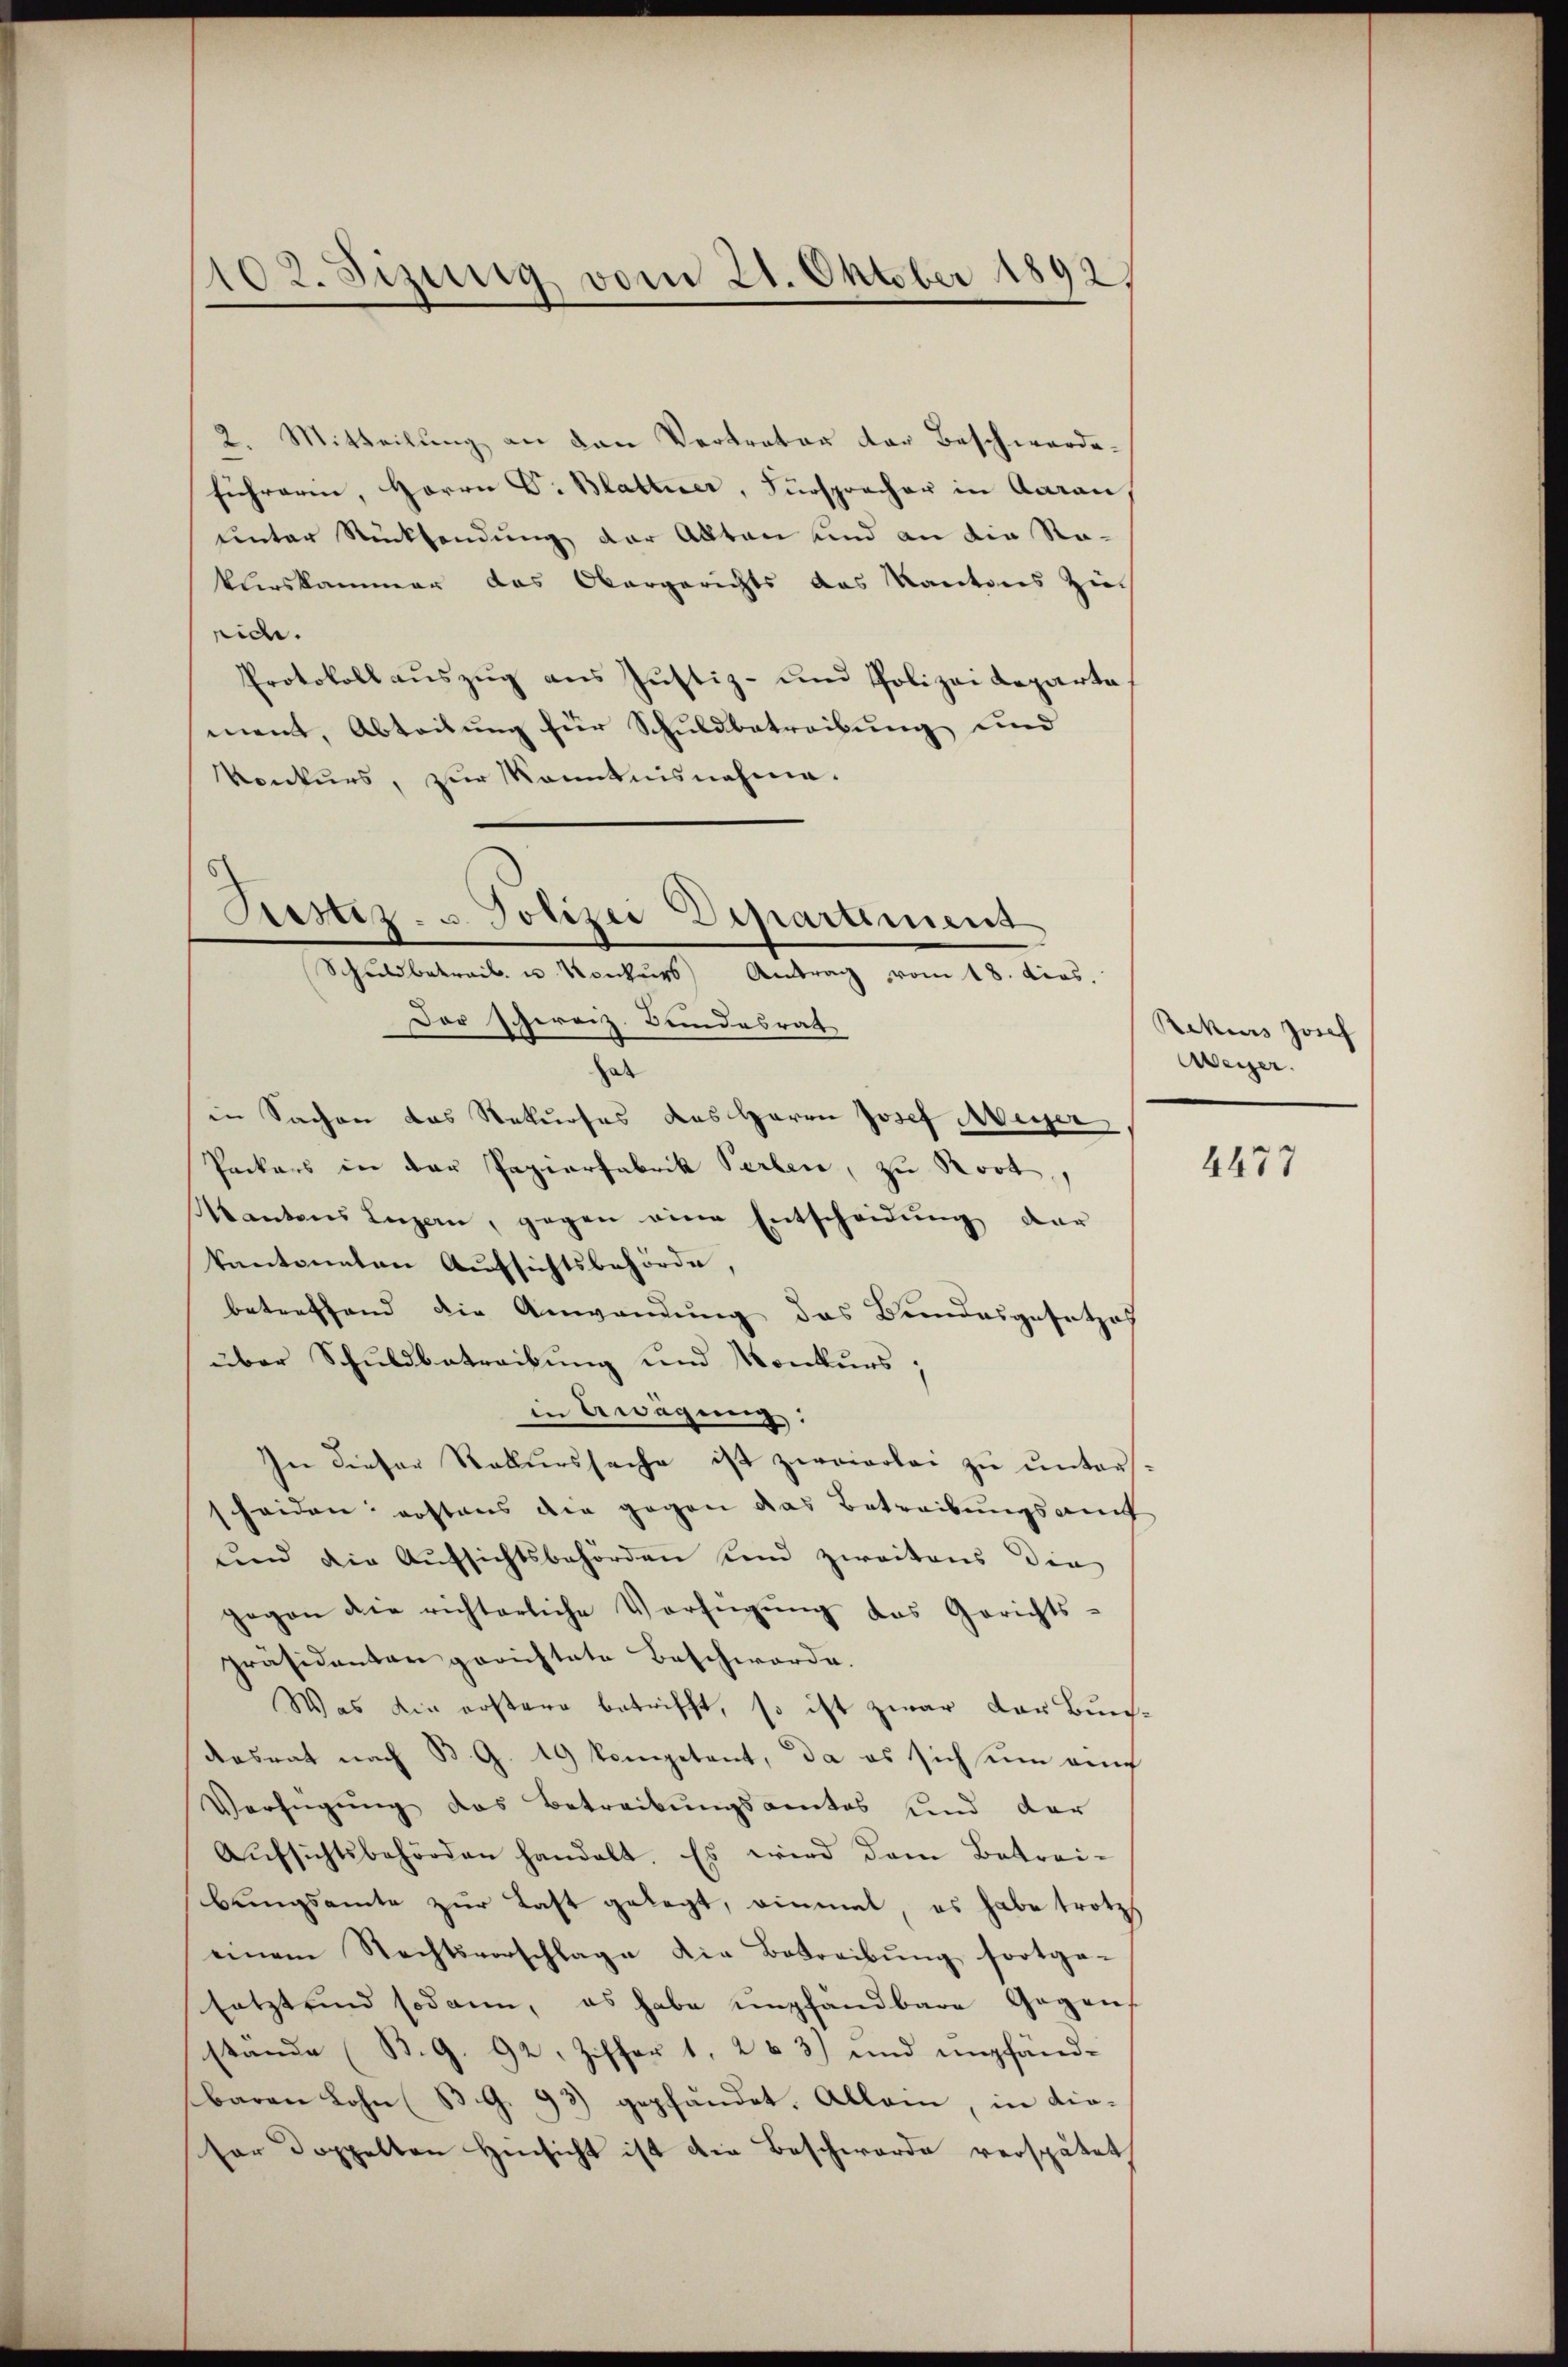
2. Mitteilŭng an den Vertreter der Beschwarde-
führeren, Herrn G. Blattner, Fürspracher in Aarau
unter Rücksendung der Akten und an die Rakurskammer das Obergerichts das Kantons Ziech
ride.
Protokollauszug aus Justiz- und Polizei Reparta
ment, Abteilung für Schuldbetreibung und
konkurs, zur Kenntnisnahme.

102. Sizung vom 21. Oktober 1892.

Liestiz- u. Polizei Departiment
Schuldbetreib u. Konkurs Antrag vom 18. dies.
Dor Schereiz. Bundesrat

hat
in Sachen das Rekurses des Herrn Josef Meyer
Packers in der Papierfabrik Parten, zu Rost,
Kantons Luzern, gegen eine Entscheidŭng dar
kantonnten Aufsichtsbehörde,
betreffend die Anwendung das Bundesgesetzes
über Schuldbetreibung und Konkurs;
in Erwägung:
In dieser Rekurssache ist zweierlei zu untersscheiden: erstaus die gegen das Betreibungsamt
und die Aufsichtsbehörden und zweitens die
gegen die richterliche Verfügŭng das Gerichts-
präsidenten gerichtete Beschwerde.
Was die erstere betrifft, so ist zwar der Bundesrat nach B. G. 19 kompetent, da es sich sein auch
Verfügung des Betreibungsamtes sind der
Aŭfsichtsbehörden handelt. Es wird dem Betrei-
bungsamte zur Last gelegt, einmal, es habe trotz
einem Rechtsvorschlage die Betreibŭng fortge-
setzt sind sodann, es habe empfandbare Gegen
stände (B. G. 92. Ziffer 1, 2 3) und empfändbaren Lohn (B. G. 93) gepfändet. Allein, in die-
sor Doppelten Hinsicht ist die Beschwerde verspätet

Rekurs Josef
Weyer.

4477